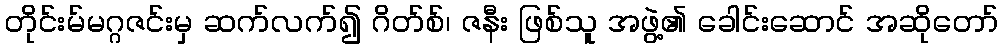
တိုင်းမ်မဂ္ဂဇင်းမှ ဆက်လက်၍ ဂိတ်စ်၊ ဇနီး ဖြစ်သူ အဖွဲ့၏ ခေါင်းဆောင် အဆိုတော်